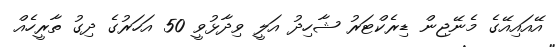
އޭއައިއޭގެ މެނޭޖިން ޑިރެކްޓަރު ޝާހިދު އަލީ ވިދާޅުވީ 50 އަހަރުގެ ދިގު ތާރީހެއް